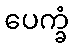
ပေက္ခံ